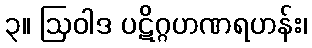
၃။ ဩဝါဒ ပဋိဂ္ဂဟဏရဟန်း၊